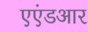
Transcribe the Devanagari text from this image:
एएंडआर